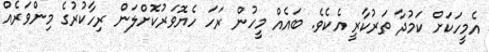
އެމީހަކަށް ކަމުދާ ތަރުކާރީ އެކެވެ. ބައެއް މީހުން ރަހަ ހެޔޮވަރުކޮށްލަން ރިހާކުރުގެ މިންވަރެއް